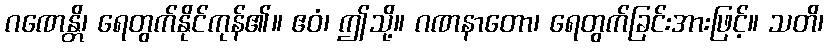
ဂဏေန္တိ၊ ရေတွက်နိုင်ကုန်၏။ ဧဝံ၊ ဤသို့။ ဂဏနာတော၊ ရေတွက်ခြင်းအားဖြင့်။ သတိ၊